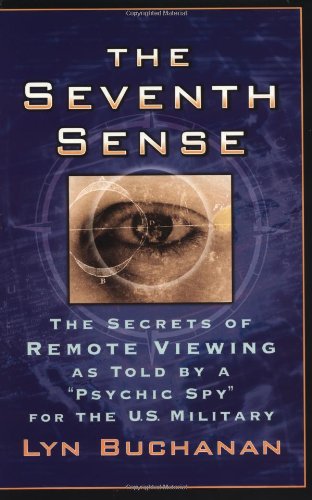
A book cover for The Seventh Sense: The Secrets of Remote Viewing as Told by a "Psychic Spy" for the U.S. Military; Lyn Buchanan; History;